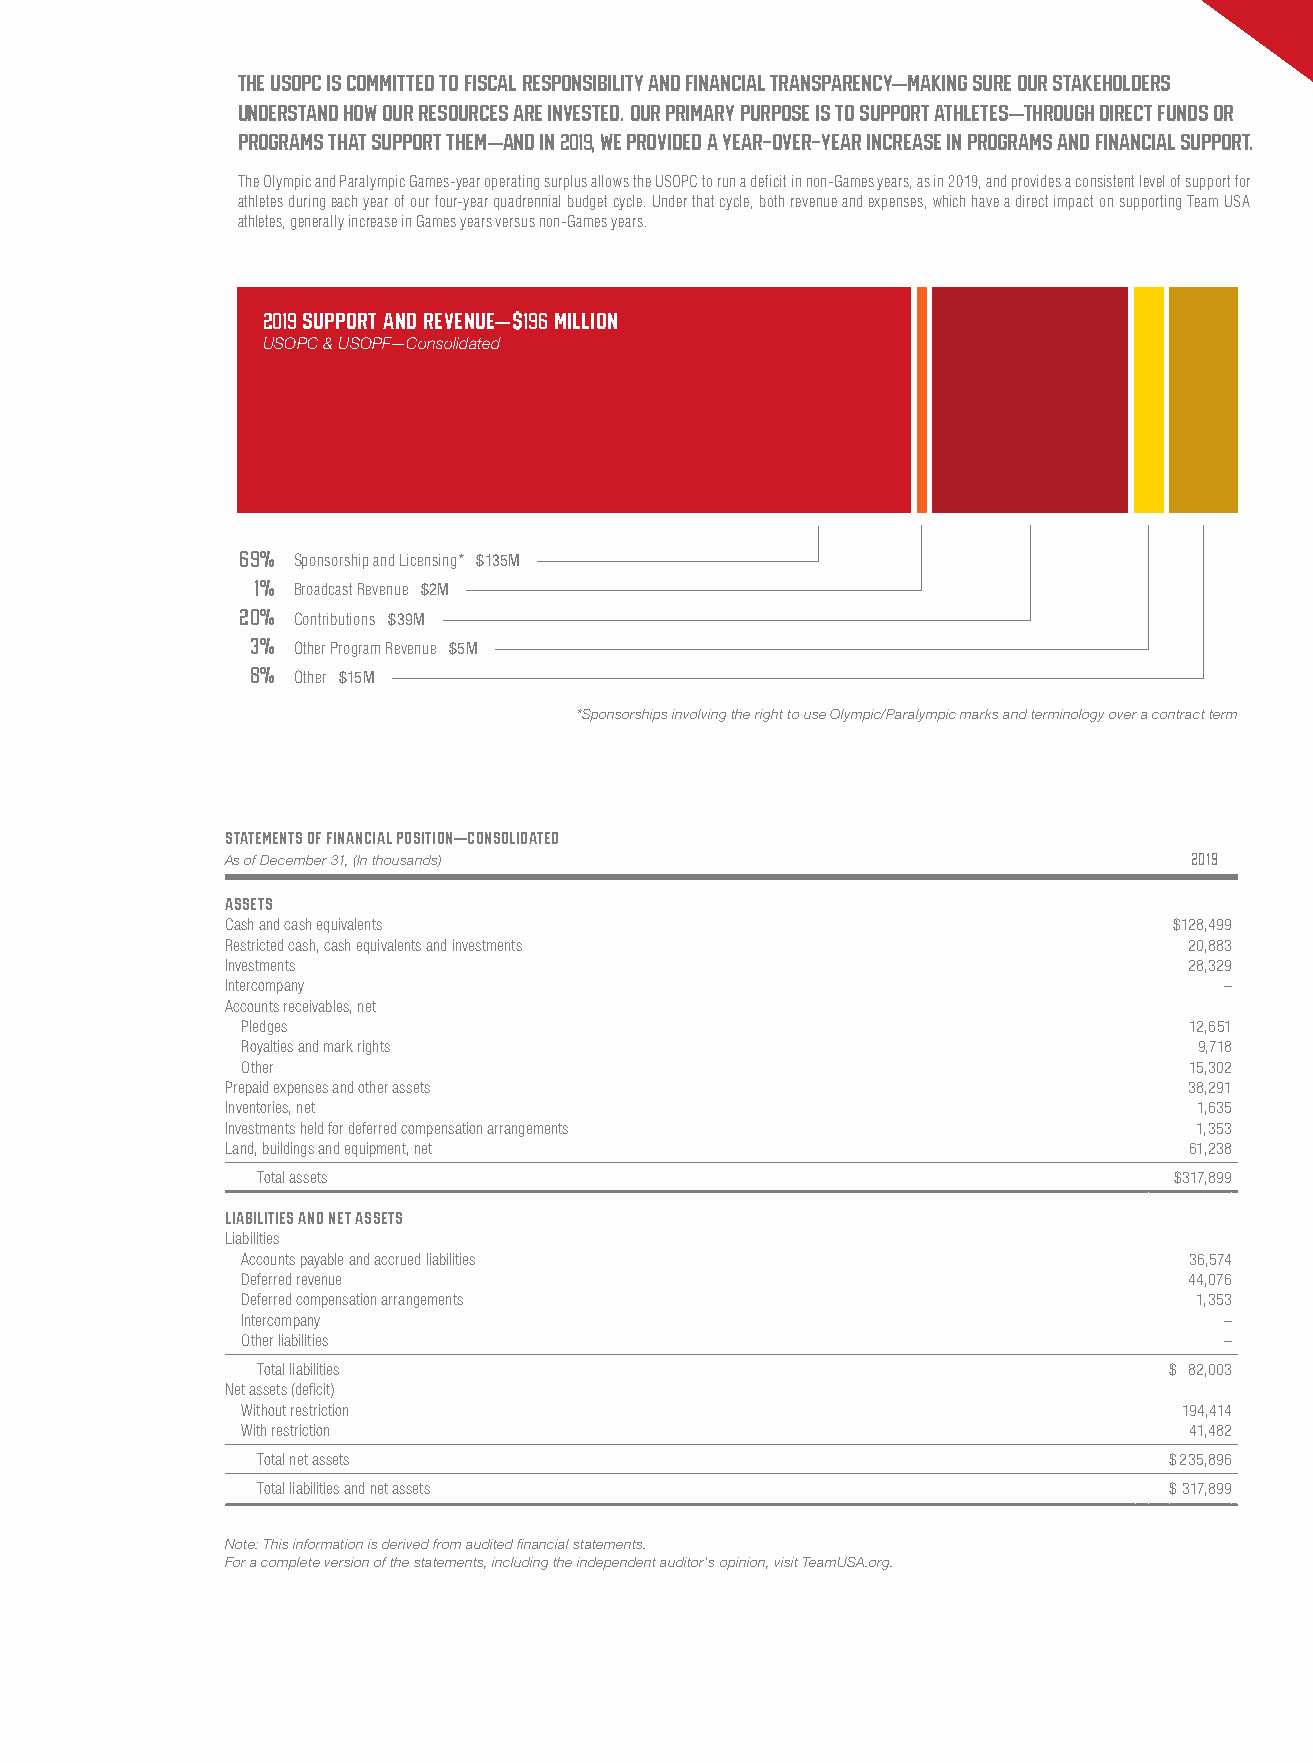
THE USOPC IS COMMITTED TO FISCAL RESPONSIBILITY AND FINANCIAL TRANSPARENCY—MAKING SURE OUR STAKEHOLDERS
 UNDERSTAND HOW OUR RESOURCES ARE INVESTED. OUR PRIMARY PURPOSE IS TO SUPPORT ATHLETES—THROUGH DIRECT FUNDS OR
 PROGRAMS THAT SUPPORT THEM—AND IN 2019, WE PROVIDED A YEAR-OVER-YEAR INCREASE IN PROGRAMS AND FINANCIAL SUPPORT.
 The Olympic and Paralympic Games-year operating surplus allows the USOPC to run a deficit in non-Games years, as in 2019, and provides a consistent level of support for
 athletes during each year of our four-year quadrennial budget cycle. Under that cycle, both revenue and expenses, which have a direct impact on supporting Team USA
 athletes, generally increase in Games years versus non-Games years.
 2019 Support and Revenue—$196 Million
 USOPC & USOPF—Consolidated
 69%
 Sponsorship and Licensing* $135M
 1%
 Broadcast Revenue $2M
 20%
 Contributions $39M
 3%
 Other Program Revenue $5M
 8%
 Other $15M
 *Sponsorships involving the right to use Olympic/Paralympic marks and terminology over a contract term
 Statements of financial position—Consolidated
 As of December 31, (In thousands)                               2019
 Assets
 Cash and cash equivalents                                      $128,499
 Restricted cash, cash equivalents and investments               20,883
 Investments                                                     28,329
 Intercompany                                                      –
 Accounts receivables, net
 Pledges                                                        12,651
 Royalties and mark rights                                      9,718
 Other                                                          15,302
 Prepaid expenses and other assets                               38,291
 Inventories, net                                                1,635
 Investments held for deferred compensation arrangements         1,353
 Land, buildings and equipment, net                              61,238
 Total assets                                                 $317,899
 Liabilities and net assets
 Liabilities
 Accounts payable and accrued liabilities                       36,574
 Deferred revenue                                               44,076
 Deferred compensation arrangements                             1,353
 Intercompany                                                     –
 Other liabilities                                                –
 Total liabilities                                           $ 82,003
 Net assets (deficit)
 Without restriction                                           194,414
 With restriction                                               41,482
 Total net assets                                            $ 235,896
 Total liabilities and net assets                            $ 317,899
 Note: This information is derived from audited financial statements.
 For a complete version of the statements, including the independent auditor’s opinion, visit TeamUSA.org.